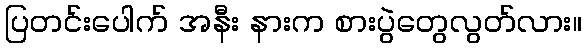
ပြတင်းပေါက် အနီး နားက စားပွဲတွေလွတ်လား။